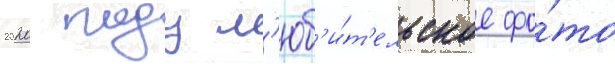
2020 году л'юб'и́т'ельское фо́то